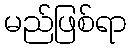
မည်ဖြစ်ရာ